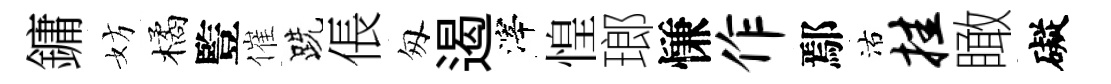
鏞妨橘䜿催跣倀匆遏滓惶瑯慊作鄢沽挂瞰礙